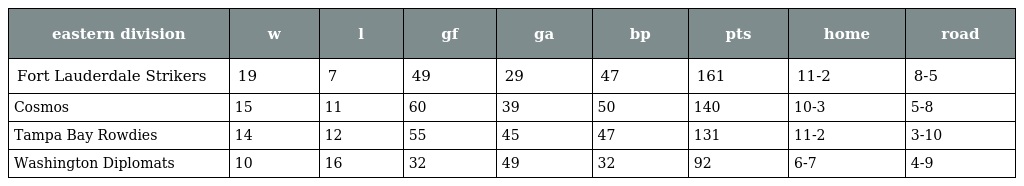
| eastern division | w | l | gf | ga | bp | pts | home | road |
 | --- | --- | --- | --- | --- | --- | --- | --- | --- |
 | Fort Lauderdale Strikers | 19 | 7 | 49 | 29 | 47 | 161 | 11-2 | 8-5 |
 | Cosmos | 15 | 11 | 60 | 39 | 50 | 140 | 10-3 | 5-8 |
 | Tampa Bay Rowdies | 14 | 12 | 55 | 45 | 47 | 131 | 11-2 | 3-10 |
 | Washington Diplomats | 10 | 16 | 32 | 49 | 32 | 92 | 6-7 | 4-9 |